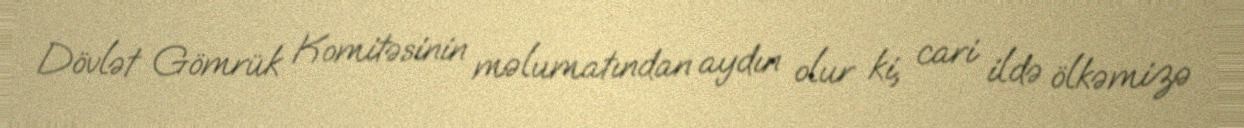
Dövlət Gömrük Komitəsinin məlumatından aydın olur ki, cari ildə ölkəmizə